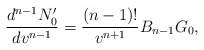
\begin{align*} \frac{d^{n-1}N'_0}{dv^{n-1}}=\frac{(n-1)!}{v^{n+1}}B_{n-1}G_0,\end{align*}